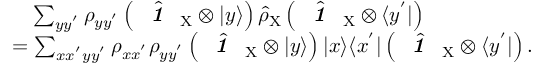
\begin{array} { r l } & { \quad \sum _ { y y ^ { ' } } \rho _ { y y ^ { ' } } \left( \hat { \textbf { \textit { 1 } } \, } _ { \! \mathrm { X } } \otimes | y \rangle \right) \hat { \rho } _ { \mathrm { X } } \left( \hat { \textbf { \textit { 1 } } \, } _ { \! \mathrm { X } } \otimes \langle y ^ { ' } | \right) } \\ & { = \sum _ { x x ^ { ' } y y ^ { ' } } \rho _ { x x ^ { ' } } \rho _ { y y ^ { ' } } \left( \hat { \textbf { \textit { 1 } } \, } _ { \! \mathrm { X } } \otimes | y \rangle \right) | x \rangle \langle x ^ { ' } | \left( \hat { \textbf { \textit { 1 } } \, } _ { \! \mathrm { X } } \otimes \langle y ^ { ' } | \right) . } \end{array}